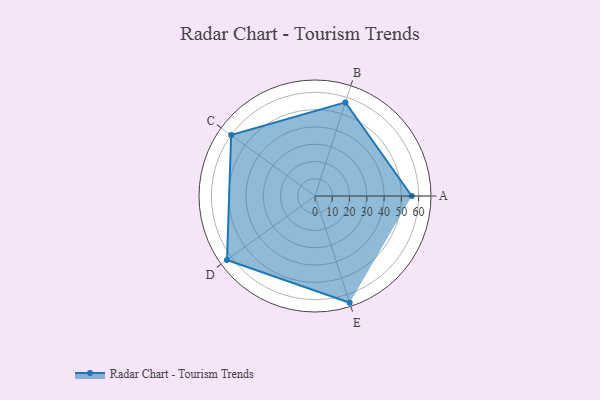
{"axis": {"x": "Skill", "y": "Score"}, "legend": ["Profile"], "data": [{"x": "A", "y": 56.0, "type": "Profile"}, {"x": "B", "y": 57.0, "type": "Profile"}, {"x": "C", "y": 60.0, "type": "Profile"}, {"x": "D", "y": 63.0, "type": "Profile"}, {"x": "E", "y": 65.0, "type": "Profile"}]}